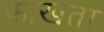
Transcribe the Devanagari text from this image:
फाखता